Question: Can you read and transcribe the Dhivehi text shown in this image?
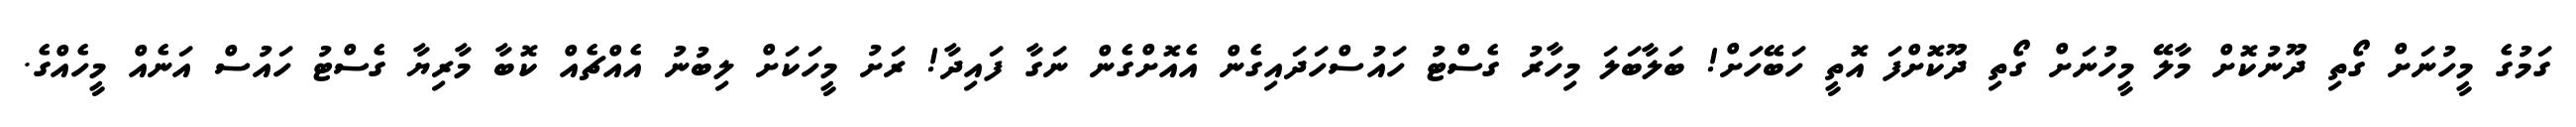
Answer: ގަމުގެ މީހުނަށް ގޯތި ދޫނުކޮށް މާލޭ މީހުނަށް ގޯތި ދޫކޮށްފަ އޮތީ ހަބޭހަށް! ބަލާބަލަ މިހާރު ގެސްޓު ހައުސްހަދައިގެން އެއޮށްގެން ނަގާ ފައިދާ! ރަށު މީހަކަށް ލިބުނު އެއްޗެއް ކޮބާ މާރިޔާ ގެސްޓު ހައުސް އަނެއް މީހެއްގެ.